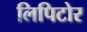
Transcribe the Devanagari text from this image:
लिपिटोर